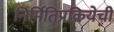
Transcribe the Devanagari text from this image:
निर्मितिप्रक्रियेची